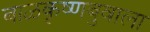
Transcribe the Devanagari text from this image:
बाळकृष्णबुवाला